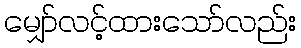
မျှော်လင့်ထားသော်လည်း